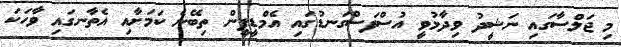
މި ޖަލްސާގައި ނަޝީދު ވިދާޅުވީ އުސްފަސްގަނޑުގައި އެމްޑީޕީން ތިބޭނެ ކަމަށާއި އެތާނގައި ވާހަކަ